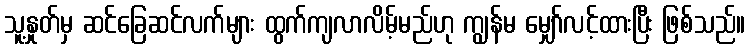
သူ့နှုတ်မှ ဆင်ခြေဆင်လက်များ ထွက်ကျလာလိမ့်မည်ဟု ကျွန်မ မျှော်လင့်ထားပြီး ဖြစ်သည်။